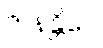
ဇာနန္တိပေ